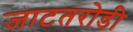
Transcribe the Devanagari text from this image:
जाटतरोडी